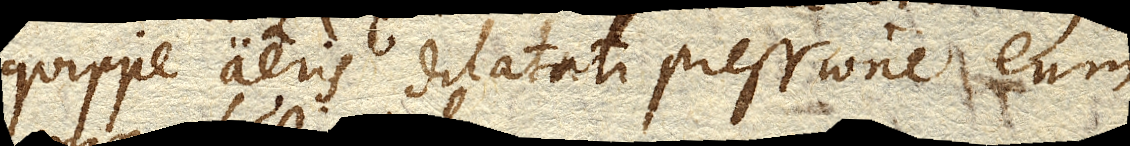
quippe aeris dilatati pressione eum